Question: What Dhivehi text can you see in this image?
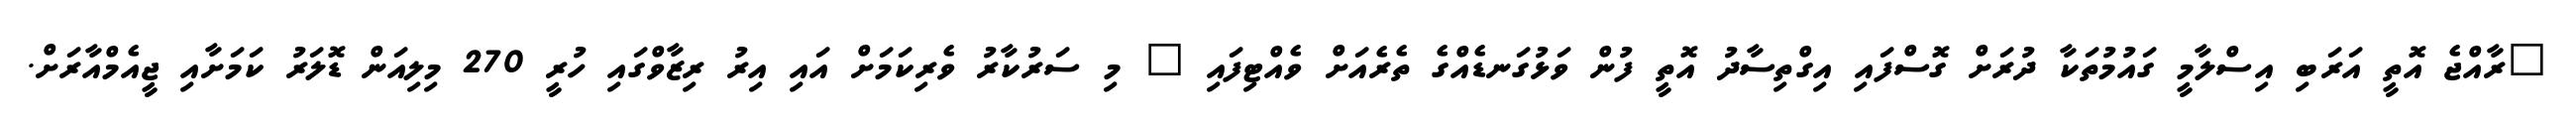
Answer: "ރާއްޖެ އޮތީ އަރަބި އިސްލާމީ ގައުމުތަކާ ދުރަށް ގޮސްފައި އިގްތިސާދު އޮތީ ފުން ވަޅުގަނޑެއްގެ ތެރެއަށް ވެއްޓިފައި " މި ސަރުކާރު ވެރިކަމަށް އައި އިރު ރިޒާވްގައި ހުރީ 270 މިލިއަން ޑޮލަރު ކަމަށާއި ޖީއެމްއާރަށް.